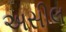
અસીલ